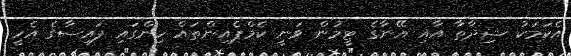
އެކަމަކު ޝިދާތާ އާއި އޭނާގެ ޓީމުން ވަނީ ކެމްޕެއިންތައް ހިންގައި ފައިސާގެ އެހީ